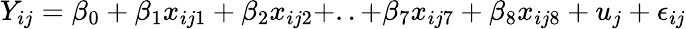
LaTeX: Y_{ij}=\beta_{0}+\beta_{1}x_{ij1}+\beta_{2}x_{ij2}+..+\beta_{7}x_{ij7}+\beta_{8}x_{ij8}+u_{j}+\epsilon_{ij}